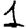
Digit: 1